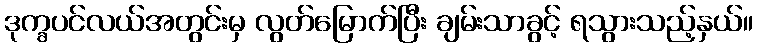
ဒုက္ခပင်လယ်အတွင်းမှ လွတ်မြောက်ပြီး ချမ်းသာခွင့် ရသွားသည့်နှယ်။